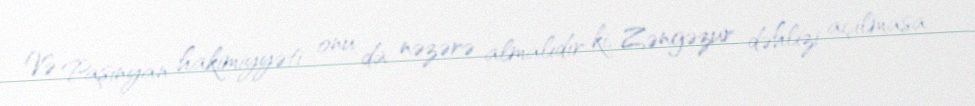
Və Paşinyan hakimiyyəti onu da nəzərə almalıdır ki, Zəngəzur dəhlizi açılmasa